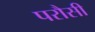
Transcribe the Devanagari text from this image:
परौसी